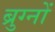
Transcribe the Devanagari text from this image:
ब्रुग्नों